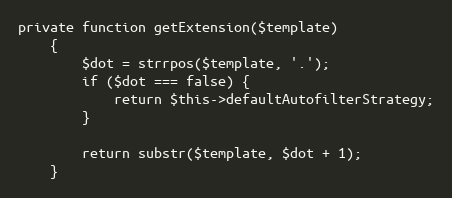
Language: PHP
private function getExtension($template)
    {
        $dot = strrpos($template, '.');
        if ($dot === false) {
            return $this->defaultAutofilterStrategy;
        }

        return substr($template, $dot + 1);
    }